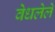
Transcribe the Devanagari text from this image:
वेधलेले